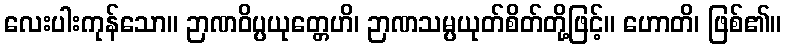
လေးပါးကုန်သော။ ဉာဏဝိပ္ပယုတ္တေဟိ၊ ဉာဏသမ္ပယုတ်စိတ်တို့ဖြင့်။ ဟောတိ၊ ဖြစ်၏။